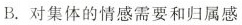
B.对集体的情感需要和归属感